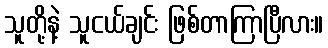
သူတို့နဲ့ သူငယ်ချင်း ဖြစ်တာကြာပြီလား။